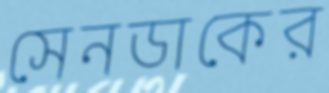
সেনডাকের